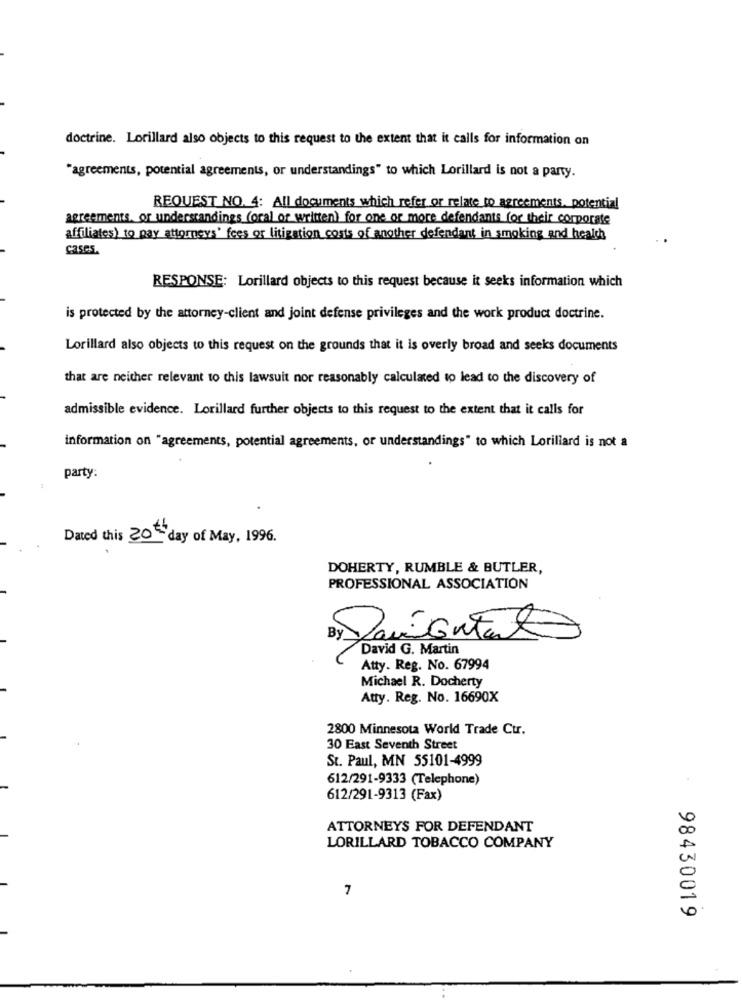
doctrine. Lorillard also objects to this request to the extent that it calls for information on
"agreements, potential agreements, or understandings" to which Lorillard is not a party.
REQUEST NO. 4: All documents which refer or relate to agreements. potential
agreements. or understandings (oral or written) for one or more defendants for their corporate
affiliates) to pay attorneys' fees or litigation costs of another defendant in smoking and health
cases.
RESPONSE: Lorillard objects to this request because it seeks information which
is protected by the attorney-client and joint defense privileges and the work product doctrine.
Lorillard also objects to this request on the grounds that it is overly broad and seeks documents
that are neither relevant to this lawsuit nor reasonably calculated to lead to the discovery of
admissible evidence. Lorillard further objects to this request to the extent that it calls for
information on "agreements, potential agreements, or understandings" to which Lorillard is not a
party:
Dated this 20th day of May, 1996.
DOHERTY, RUMBLE & BUTLER,
PROFESSIONAL ASSOCIATION
David G. Martin
Atty. Reg. No. 67994
Michael R. Docherty
Atty. Reg. No. 16690X
2800 Minnesota World Trade Ctr.
30 East Seventh Street
St. Paul, MN 55101-4999
612/291-9333 (Telephone)
612/291-9313 (Fax)
ATTORNEYS FOR DEFENDANT
LORILLARD TOBACCO COMPANY
7
98430019